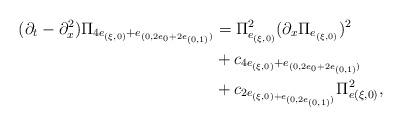
LaTeX: \begin{align*}(\partial_t - \partial_x^2)\Pi_{4 e_{(\xi,0)} + e_{(0, 2 e_0 + 2e_{(0,1)})}}&= \Pi_{e_{(\xi,0)}}^2 (\partial_x \Pi_{e_{(\xi,0)}})^2\\& + c_{4 e_{(\xi,0)} + e_{(0, 2e_0 + 2 e_{(0,1)})}}\\& + c_{2 e_{(\xi,0) + e_{(0, 2 e_{(0,1)})}}} \Pi_{e(\xi,0)}^2,\end{align*}